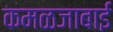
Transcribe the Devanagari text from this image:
कमळजाबाई